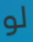
لو